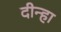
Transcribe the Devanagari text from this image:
दीन्हा